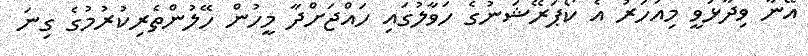
އޭނާ ވިދާޅުވީ މިއަހަރު އެ ކޯޕަރޭޝަނުގެ ހަވާލުގައި ހައްޖަށްދާ މީހުން ހޭލުންތެރިކުރުމުގެ ގިނަ